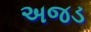
અજડ